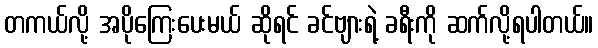
တကယ်လို့ အပိုကြေးပေးမယ် ဆိုရင် ခင်ဗျားရဲ့ ခရီးကို ဆက်လို့ရပါတယ်။